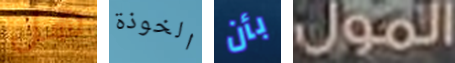
هل الخوذة بأن المول